Juri_Uluots, lk 15
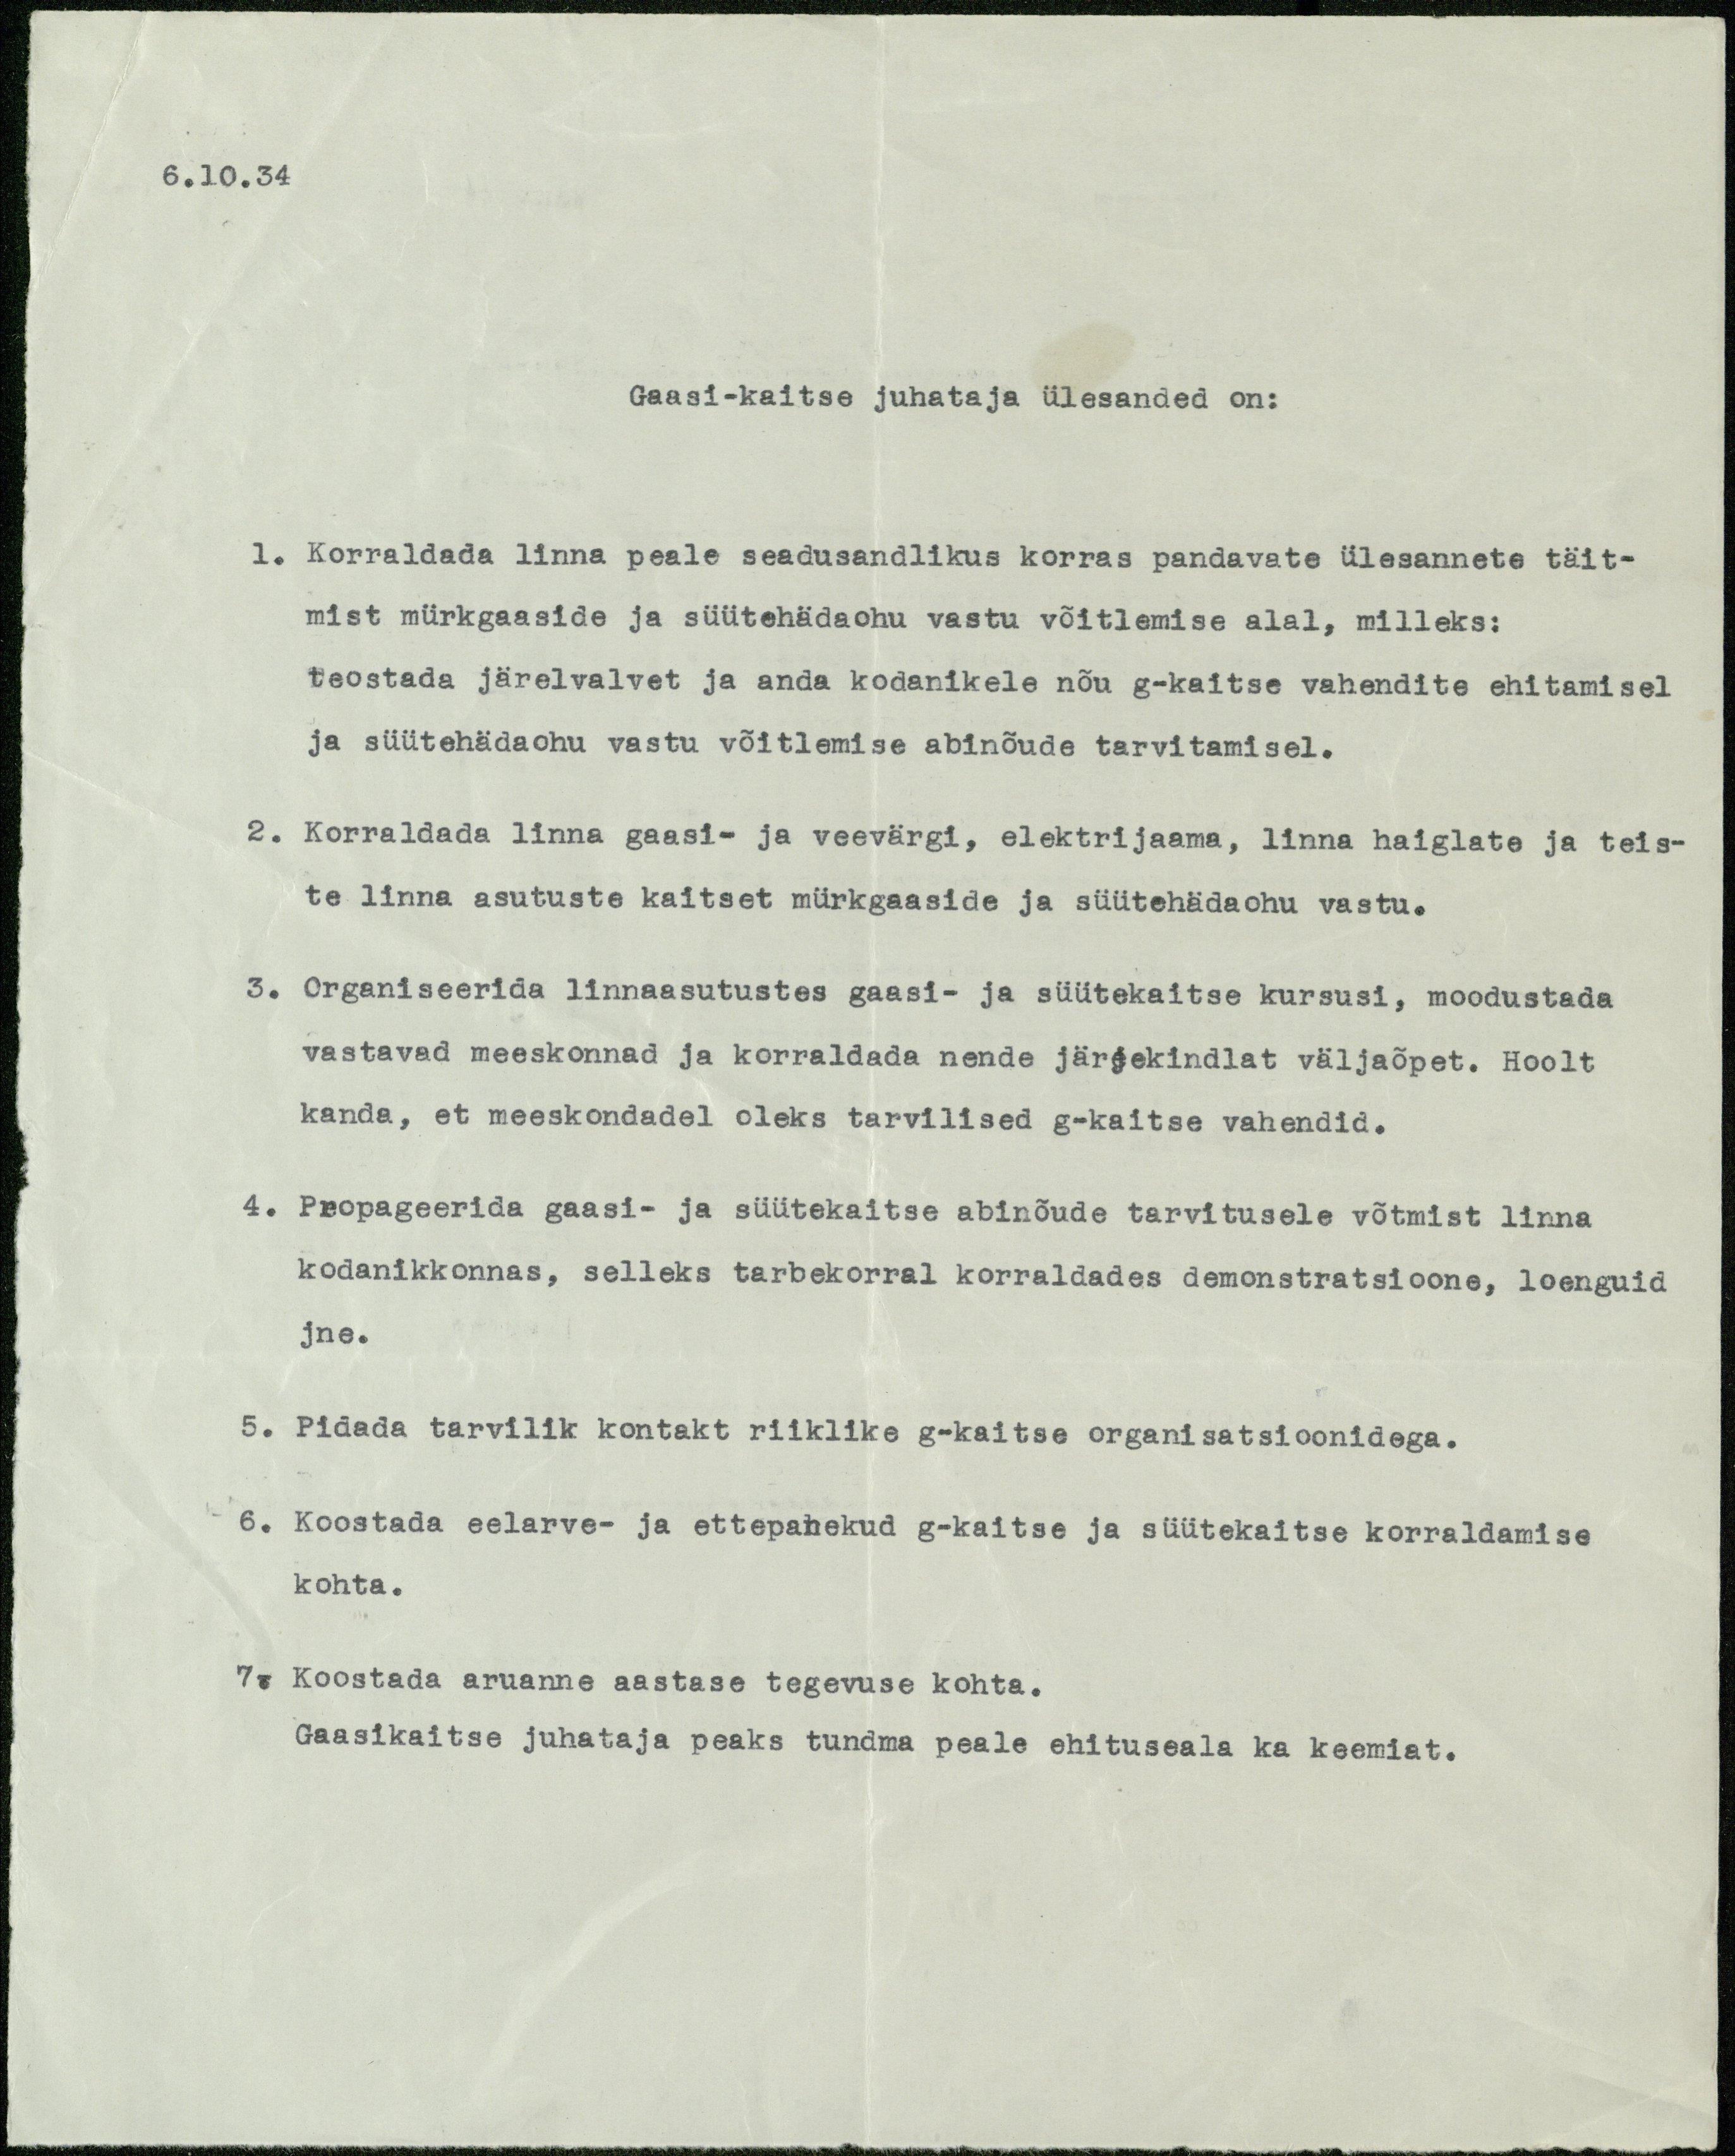
6.10.34
Gaasi-kaitse juhataja ülesanded on:
1. Korraldada linna peale seadusandlikus korras pandavate ülesannete täit-
mist mürkgaaside ja süütehädaohu vastu võitlemise alal, milleks:
teostada järelvalvet ja anda kodanikele nõu g-kaitse vahendite ehitamisel
ja süütehädaohu vastu võitlemise abinõude tarvitamisel.
2. Korraldada linna gaasi- ja veevärgi, elektrijaama, linna haiglate ja teis-
te linna asutuste kaitset mürkgaaside ja süütehädaohu vastu.
3. Organiseerida linnaasutustes gaasi- ja süütekaitse kursusi, moodustada
vastavad meeskonnad ja korraldada nende järjekindlat väljaõpet. Hoolt
kanda, et meeskondadel oleks tarvilised g-kaitse vahendid.
4. Propageerida gaasi- ja süütekaitse abinõude tarvitusele võtmist linna
kodanikkonnas, selleks tarbekorral korraldades demonstratsioone, loenguid
jne.
5. Pidada tarvilik kontakt riiklike g-kaitse organisatsioonidega.
6. Koostada eelarve- ja ettepanekud g-kaitse ja süütekaitse korraldamise
kohta.
7. Koostada aruanne aastase tegevuse kohta.
Gaasikaitse juhataja peaks tundma peale ehituseala ka keemiat.